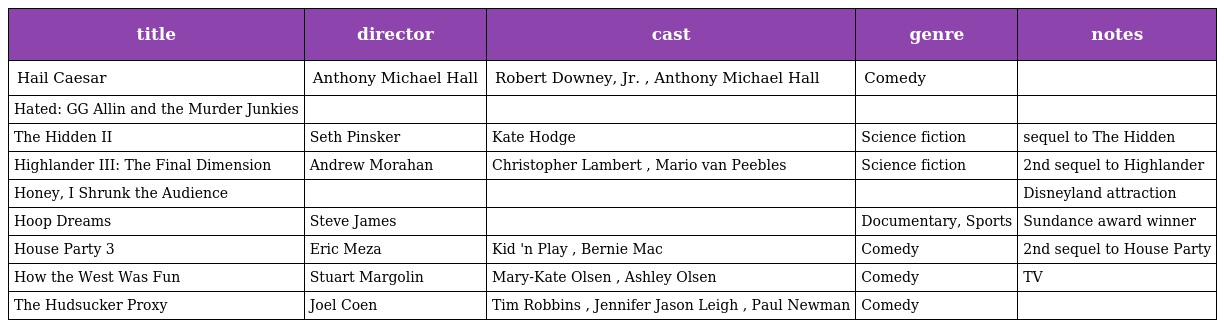
| title | director | cast | genre | notes |
 | --- | --- | --- | --- | --- |
 | Hail Caesar | Anthony Michael Hall | Robert Downey, Jr. , Anthony Michael Hall | Comedy |  |
 | Hated: GG Allin and the Murder Junkies |  |  |  |  |
 | The Hidden II | Seth Pinsker | Kate Hodge | Science fiction | sequel to The Hidden |
 | Highlander III: The Final Dimension | Andrew Morahan | Christopher Lambert , Mario van Peebles | Science fiction | 2nd sequel to Highlander |
 | Honey, I Shrunk the Audience |  |  |  | Disneyland attraction |
 | Hoop Dreams | Steve James |  | Documentary, Sports | Sundance award winner |
 | House Party 3 | Eric Meza | Kid 'n Play , Bernie Mac | Comedy | 2nd sequel to House Party |
 | How the West Was Fun | Stuart Margolin | Mary-Kate Olsen , Ashley Olsen | Comedy | TV |
 | The Hudsucker Proxy | Joel Coen | Tim Robbins , Jennifer Jason Leigh , Paul Newman | Comedy |  |